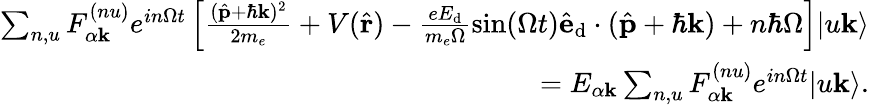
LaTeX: \begin{array}{r}{\sum_{n,u}F_{\alpha\mathbf{k}}^{(nu)}e^{in\Omega t}\left[\frac{(\hat{\mathbf{p}}+\hbar\mathbf{k})^{2}}{2m_{e}}+V(\hat{\mathbf{r}})-\frac{eE_{\textrm{d}}}{m_{e}\Omega}\sin(\Omega t)\hat{\mathbf{e}}_{\textrm{d}}\cdot(\hat{\mathbf{p}}+\hbar\mathbf{k})+n\hbar\Omega\right]|u\mathbf{k}\rangle}\\ {=E_{\alpha\mathbf{k}}\sum_{n,u}F_{\alpha\mathbf{k}}^{(nu)}e^{in\Omega t}|u\mathbf{k}\rangle.}\end{array}